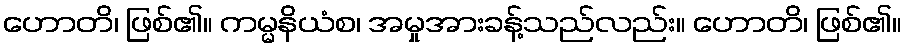
ဟောတိ၊ ဖြစ်၏။ ကမ္မနိယံစ၊ အမှုအားခန့်သည်လည်း။ ဟောတိ၊ ဖြစ်၏။